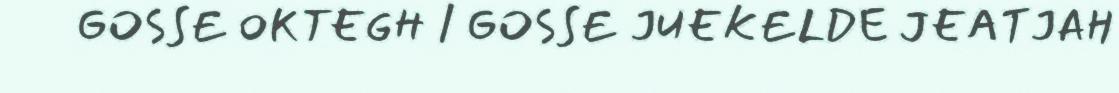
GOSSE OKTEGH / GOSSE JUEKELDE JEATJAH